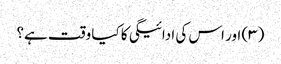
(۳) اور اس کی ادائیگی کا کیا وقت ہے؟